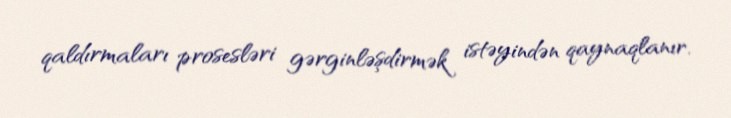
qaldırmaları prosesləri gərginləşdirmək istəyindən qaynaqlanır.